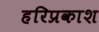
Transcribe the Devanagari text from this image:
हरिप्रकाश